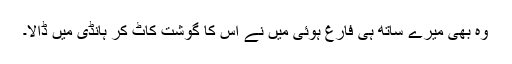
وہ بھی میرے ساتھ ہی فارغ ہوئی میں نے اس کا گوشت کاٹ کر ہانڈی میں ڈالا۔